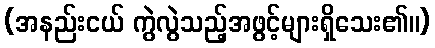
(အနည်းငယ် ကွဲလွဲသည့်အဖွင့်များရှိသေး၏။)